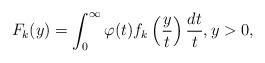
LaTeX: \begin{align*} F_k(y) = \int_0^{\infty} \varphi(t) f_k \left( \frac{y}{t} \right) \frac{dt}{t}, y > 0,\end{align*}